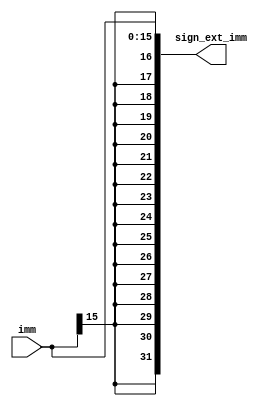
module sign_extend (
    output [31:0] sign_ext_imm,
    input  [15:0] imm
);

    buf  sign_ext_imm_0(sign_ext_imm[0],  imm[0]);
    buf  sign_ext_imm_1(sign_ext_imm[1],  imm[1]);
    buf  sign_ext_imm_2(sign_ext_imm[2],  imm[2]);
    buf  sign_ext_imm_3(sign_ext_imm[3],  imm[3]);
    buf  sign_ext_imm_4(sign_ext_imm[4],  imm[4]);
    buf  sign_ext_imm_5(sign_ext_imm[5],  imm[5]);
    buf  sign_ext_imm_6(sign_ext_imm[6],  imm[6]);
    buf  sign_ext_imm_7(sign_ext_imm[7],  imm[7]);
    buf  sign_ext_imm_8(sign_ext_imm[8],  imm[8]);
    buf  sign_ext_imm_9(sign_ext_imm[9],  imm[9]);
    buf sign_ext_imm_10(sign_ext_imm[10], imm[10]);
    buf sign_ext_imm_11(sign_ext_imm[11], imm[11]);
    buf sign_ext_imm_12(sign_ext_imm[12], imm[12]);
    buf sign_ext_imm_13(sign_ext_imm[13], imm[13]);
    buf sign_ext_imm_14(sign_ext_imm[14], imm[14]);
    buf sign_ext_imm_15(sign_ext_imm[15], imm[15]);
    buf sign_ext_imm_16(sign_ext_imm[16], imm[15]);
    buf sign_ext_imm_17(sign_ext_imm[17], imm[15]);
    buf sign_ext_imm_18(sign_ext_imm[18], imm[15]);
    buf sign_ext_imm_19(sign_ext_imm[19], imm[15]);
    buf sign_ext_imm_20(sign_ext_imm[20], imm[15]);
    buf sign_ext_imm_21(sign_ext_imm[21], imm[15]);
    buf sign_ext_imm_22(sign_ext_imm[22], imm[15]);
    buf sign_ext_imm_23(sign_ext_imm[23], imm[15]);
    buf sign_ext_imm_24(sign_ext_imm[24], imm[15]);
    buf sign_ext_imm_25(sign_ext_imm[25], imm[15]);
    buf sign_ext_imm_26(sign_ext_imm[26], imm[15]);
    buf sign_ext_imm_27(sign_ext_imm[27], imm[15]);
    buf sign_ext_imm_28(sign_ext_imm[28], imm[15]);
    buf sign_ext_imm_29(sign_ext_imm[29], imm[15]);
    buf sign_ext_imm_30(sign_ext_imm[30], imm[15]);
    buf sign_ext_imm_31(sign_ext_imm[31], imm[15]);
    
    
endmodule